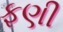
ફણી